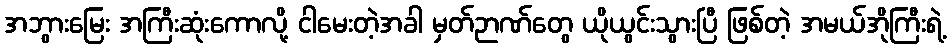
အဘွားမြေး အကြီးဆုံးကောလို့ ငါမေးတဲ့အခါ မှတ်ဉာဏ်တွေ ယိုယွင်းသွားပြီ ဖြစ်တဲ့ အမယ်အိုကြီးရဲ့